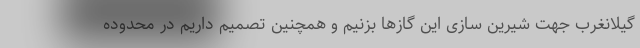
گیلانغرب جهت شیرین سازی این گازها بزنیم و همچنین تصمیم داریم در محدوده